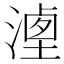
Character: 𣻶